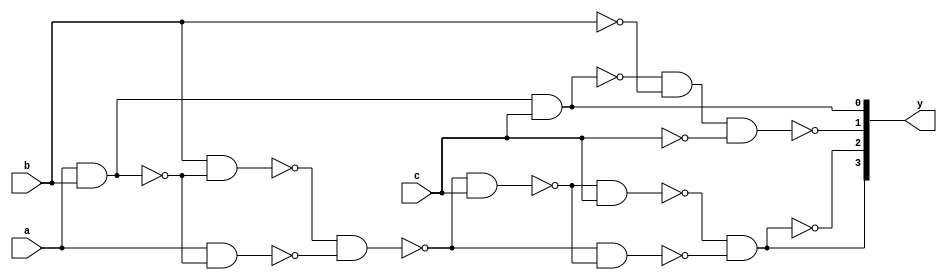
//design AND OR XOR XNOR using only NAND GATES
module ex1(input a,b,c,output [3:0]y);
wire i,j,k,l,n,m,o,p,q,r,s;

//and
nand(i,a,b,c);
nand(y[0],i,i);

//or
nand(j,a,a);
nand(k,b,b);
nand(l,c,c);
nand(y[1],i,k,l);

//xor
nand(n,a,b);
nand(m,a,n);
nand(o,b,n);
nand(s,o,m);
nand(p,s,c);
nand(q,s,p);
nand(r,p,c);
nand(y[2],r,q);

//xnor
nand(y[3],y[2],y[2]);
endmodule

module tb;
reg a,b,c;
wire [3:0]y;
ex1 i1(a,b,c,y);
initial begin
$monitor($time," A=%b B=%b C=%b \n\tAND=%b OR=%b XOR=%b XNOR=%b ",a,b,c,y[0],y[1],y[2],y[3]);
a=1;b=0;c=1;
#10 a=1;b=1;c=1;
#10 a=1;b=1;c=0;
end
endmodule